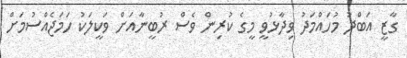
ގާޒީ އަބްދު މުހައްމަދު ވިދާޅުވީ މީގެ ކުރިން ވެސް ރުބީނާއަށް ވަކީލަކު ހަމަޖެއްސުމަށް